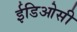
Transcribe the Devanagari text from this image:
ईडिओसी